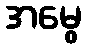
အမွေ